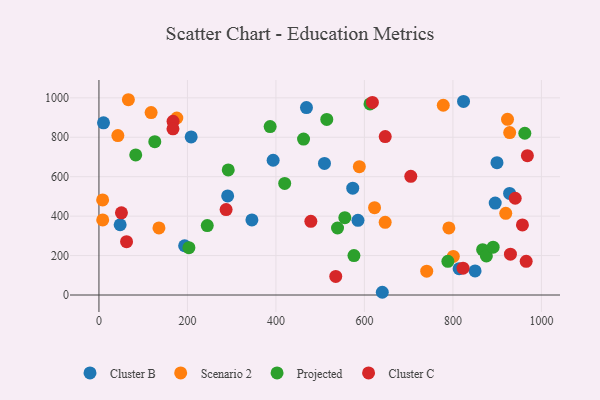
{"axis": {"x": "Experience", "y": "Profit"}, "legend": ["Cluster B", "Cluster C", "Projected", "Scenario 2"], "data": [{"x": "814.1", "y": 133.4, "type": "Cluster B"}, {"x": "899.6", "y": 670.9, "type": "Cluster B"}, {"x": "640.4", "y": 13.8, "type": "Cluster B"}, {"x": "47.9", "y": 356.3, "type": "Cluster B"}, {"x": "928.1", "y": 515.0, "type": "Cluster B"}, {"x": "193.6", "y": 249.7, "type": "Cluster B"}, {"x": "10.3", "y": 873.4, "type": "Cluster B"}, {"x": "393.7", "y": 683.3, "type": "Cluster B"}, {"x": "509.7", "y": 667.2, "type": "Cluster B"}, {"x": "290.9", "y": 502.6, "type": "Cluster B"}, {"x": "850.1", "y": 122.2, "type": "Cluster B"}, {"x": "469.0", "y": 950.8, "type": "Cluster B"}, {"x": "345.7", "y": 380.7, "type": "Cluster B"}, {"x": "824.0", "y": 981.6, "type": "Cluster B"}, {"x": "585.4", "y": 378.6, "type": "Cluster B"}, {"x": "895.6", "y": 466.2, "type": "Cluster B"}, {"x": "208.4", "y": 801.8, "type": "Cluster B"}, {"x": "573.6", "y": 541.8, "type": "Cluster B"}, {"x": "928.3", "y": 823.8, "type": "Scenario 2"}, {"x": "919.4", "y": 414.3, "type": "Scenario 2"}, {"x": "66.5", "y": 990.4, "type": "Scenario 2"}, {"x": "778.2", "y": 962.5, "type": "Scenario 2"}, {"x": "923.4", "y": 890.9, "type": "Scenario 2"}, {"x": "646.9", "y": 368.4, "type": "Scenario 2"}, {"x": "176.0", "y": 897.6, "type": "Scenario 2"}, {"x": "42.7", "y": 808.4, "type": "Scenario 2"}, {"x": "117.9", "y": 925.3, "type": "Scenario 2"}, {"x": "800.9", "y": 195.8, "type": "Scenario 2"}, {"x": "8.3", "y": 482.2, "type": "Scenario 2"}, {"x": "790.9", "y": 340.0, "type": "Scenario 2"}, {"x": "740.8", "y": 120.9, "type": "Scenario 2"}, {"x": "622.9", "y": 442.7, "type": "Scenario 2"}, {"x": "588.5", "y": 650.6, "type": "Scenario 2"}, {"x": "135.6", "y": 340.2, "type": "Scenario 2"}, {"x": "8.5", "y": 380.9, "type": "Scenario 2"}, {"x": "867.2", "y": 230.1, "type": "Projected"}, {"x": "875.7", "y": 198.3, "type": "Projected"}, {"x": "83.1", "y": 710.5, "type": "Projected"}, {"x": "539.2", "y": 339.7, "type": "Projected"}, {"x": "419.8", "y": 566.1, "type": "Projected"}, {"x": "514.9", "y": 890.5, "type": "Projected"}, {"x": "555.7", "y": 392.1, "type": "Projected"}, {"x": "890.9", "y": 242.4, "type": "Projected"}, {"x": "576.3", "y": 199.8, "type": "Projected"}, {"x": "788.6", "y": 170.7, "type": "Projected"}, {"x": "203.3", "y": 240.1, "type": "Projected"}, {"x": "462.4", "y": 790.9, "type": "Projected"}, {"x": "962.5", "y": 820.4, "type": "Projected"}, {"x": "612.6", "y": 969.0, "type": "Projected"}, {"x": "244.8", "y": 352.2, "type": "Projected"}, {"x": "292.2", "y": 634.2, "type": "Projected"}, {"x": "126.2", "y": 777.5, "type": "Projected"}, {"x": "386.9", "y": 854.4, "type": "Projected"}, {"x": "704.8", "y": 601.7, "type": "Cluster C"}, {"x": "647.0", "y": 803.3, "type": "Cluster C"}, {"x": "478.9", "y": 373.8, "type": "Cluster C"}, {"x": "957.1", "y": 355.4, "type": "Cluster C"}, {"x": "822.9", "y": 135.8, "type": "Cluster C"}, {"x": "62.4", "y": 270.4, "type": "Cluster C"}, {"x": "167.5", "y": 880.9, "type": "Cluster C"}, {"x": "930.0", "y": 206.9, "type": "Cluster C"}, {"x": "535.2", "y": 94.0, "type": "Cluster C"}, {"x": "940.8", "y": 490.6, "type": "Cluster C"}, {"x": "287.4", "y": 433.3, "type": "Cluster C"}, {"x": "965.6", "y": 170.8, "type": "Cluster C"}, {"x": "167.3", "y": 842.9, "type": "Cluster C"}, {"x": "968.3", "y": 706.7, "type": "Cluster C"}, {"x": "618.0", "y": 976.9, "type": "Cluster C"}, {"x": "50.8", "y": 416.6, "type": "Cluster C"}]}